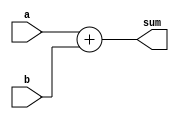
`timescale 1ns / 1ps
//////////////////////////////////////////////////////////////////////////////////
// Company: 
// Engineer: 
// 
// Design Name: 
// Module Name: add_8_bit
// Project Name: 
// Target Devices: 
// Tool Versions: 
// Description: 
// 
// Dependencies: 
// 
// Revision:
// Revision 0.01 - File Created
// Additional Comments:
// 
//////////////////////////////////////////////////////////////////////////////////


module add_8_bit(a,b,sum);
input[7:0] a,b;
output[7:0] sum;
assign sum = a+b;
endmodule